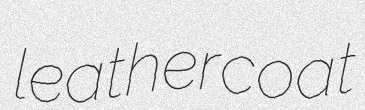
leathercoat